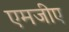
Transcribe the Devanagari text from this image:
एमजीए